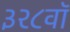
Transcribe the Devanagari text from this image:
३२८वॉ